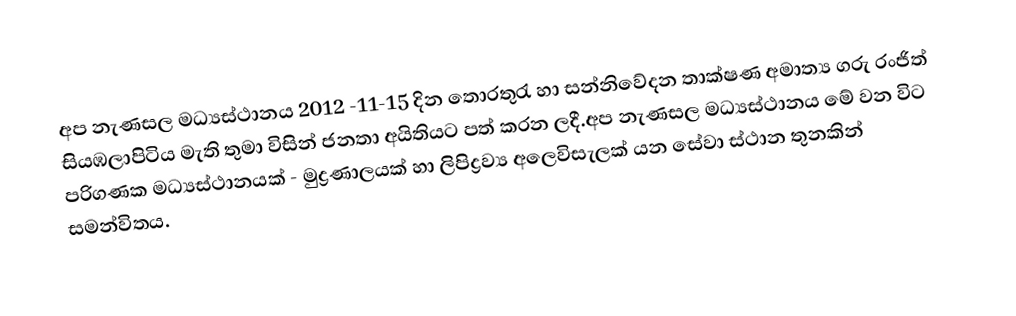
අප නැණසල මධ්‍යස්ථානය 2012 -11-15 දින තොරතුරැ හා සන්නිවේදන තාක්ෂණ අමාත්‍ය ගරු රංජිත් සියඹලාපිටිය මැති තුමා විසින් ජනතා අයිතියට පත් කරන ලදී.අප නැණසල මධ්‍යස්ථානය මේ වන විට පරිගණක මධ්‍යස්ථානයක් - මුද්‍රණාලයක් හා ලිපිද්‍රව්‍ය අ‍ලෙවිසැලක් යන සේවා ස්ථාන තුනකින් සමන්විතය.